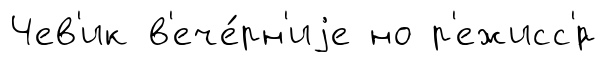
Чев'ик в'ече́рн'иjе но р'ежисс'́р